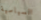
السياسية